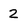
Character: 2